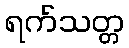
ရက်သတ္တ